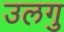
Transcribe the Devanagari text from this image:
उलगु